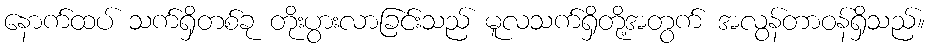
နောက်ထပ် သက်ရှိတစ်ခု တိုးပွားလာခြင်းသည် မူလသက်ရှိတို့အတွက် အလွန်တာဝန်ရှိသည်။